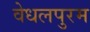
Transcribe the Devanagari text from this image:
वेधलपुरम